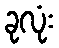
ခုလုံး